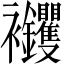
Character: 𧟝